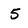
Character: 5